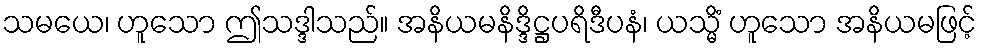
သမယေ၊ ဟူသော ဤသဒ္ဒါသည်။ အနိယမနိဒ္ဒိဋ္ဌပရိဒီပနံ၊ ယသ္မိံ ဟူသော အနိယမဖြင့်